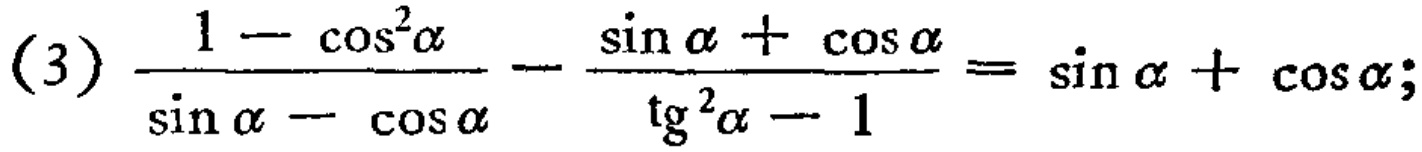
\((3)\frac{1 - \cos^{2}\alpha}{\sin\alpha - \cos\alpha}-\frac{\sin\alpha + \cos\alpha}{\text{tg}^{2}\alpha - 1}=\sin\alpha + \cos\alpha;\)